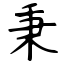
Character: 秉